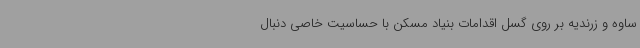
ساوه و زرندیه بر روی گسل اقدامات بنیاد مسکن با حساسیت خاصی دنبال